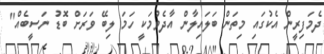
ދެމަފިރީން އެކުގައި މިތަން ބަލައިލާން އާދެވުމަކީ ހަމަ ލިބޭ ވަރަށް ބޮޑު ނަސީބެއް"